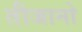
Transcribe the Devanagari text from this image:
तीजानो